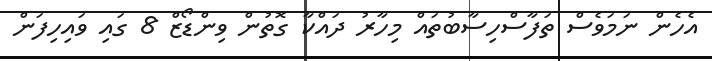
އެހެން ނަމަވެސް ތަފާސްހިސާބުތައް މިހާރު ދައްކާ ގޮތުން ވިންޑޯޒް 8 ގައި ވައިހިފަން